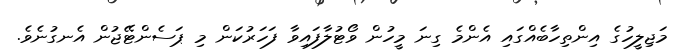
މަޖިލީހުގެ އިންތިހާބެއްގައި އެންމެ ގިނަ މީހުން ވޯޓުލާފައިވާ ފަހަރުކަން މި ޕަސެންޓޭޖުން އެނގުނެވެ.